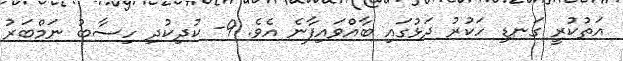
އަތުކުރީ ގަނޑި ހަކުރު ދަޅުގައި ބާއްވައިފާނެ އެވެ. 9- ކުދިކުދި ހިސާބު ނަމްބަރު